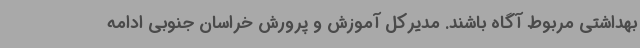
بهداشتی مربوط آگاه باشند. مدیرکل آموزش و پرورش خراسان جنوبی ادامه